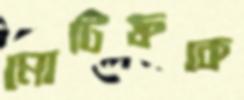
মোটিফকে